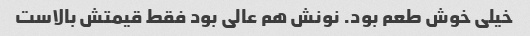
خیلی خوش طعم بود. نونش هم عالی بود فقط قیمتش بالاست